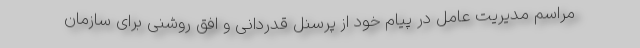
مراسم مدیریت عامل در پیام خود از پرسنل قدردانی و افق روشنی برای سازمان